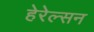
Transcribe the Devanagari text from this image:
हेरेल्सन